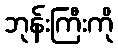
ဘုန်းကြီးကို